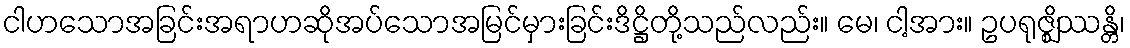
ငါဟသောအခြင်းအရာဟဆိုအပ်သောအမြင်မှားခြင်းဒိဋ္ဌိတို့သည်လည်း။ မေ၊ ငါ့အား။ ဥပရုဇ္ဈိဿန္တိ၊